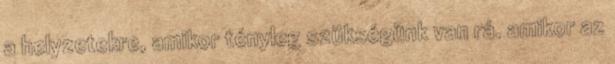
a helyzetekre, amikor tényleg szükségünk van rá. amikor az